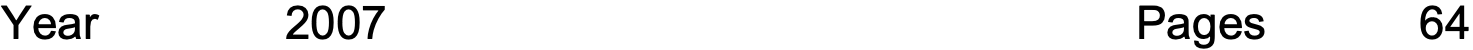
Year     2007                        Pages     64